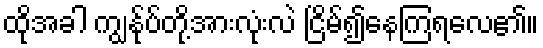
ထိုအခါ ကျွန်ုပ်တို့အားလုံးလဲ ငြိမ်၍နေကြရလေ၏။